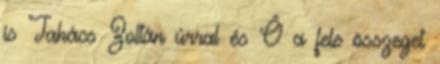
is Takács Zoltán úrral és Ő a fele összeget